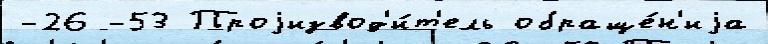
-26 -53 Проjизвод'и́т'ель обраще́н'иjа